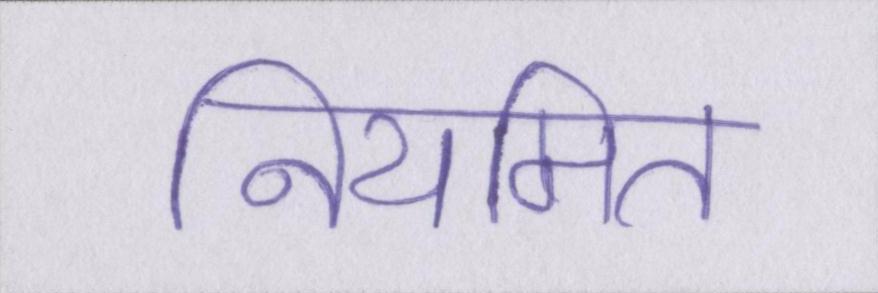
नियमित